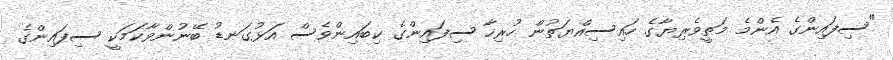
"ސިފައިންގެ އެންމެ މަތީވެރިޔާގެ ހައިސިއްޔަތުން ހުރިހާ ސިފައިންގެ ކިބައިންވެސް އަޅުގަނޑު ބޭނުންވާކަމަކީ ސިފައިންގެ